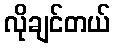
လိုချင်တယ်